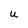
Character: U